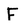
Character: F